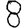
Digit: 8